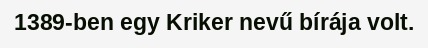
1389-ben egy Kriker nevű bírája volt.